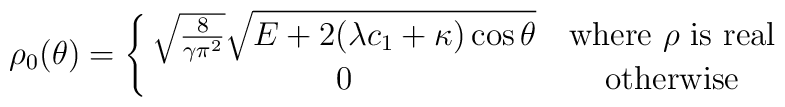
\rho_0(\theta)=\left\{ \matrix{\sqrt{\frac{8}{\gamma\pi^2} }\sqrt{ E+ 2 (\lambda c_{1}+\kappa)\cos{ \theta} } &\mbox{where } \rho \mbox{ is real} \cr 0 & {\rm otherwise}\cr}\right.